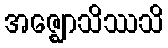
အဇ္ဈောသိဿသိ